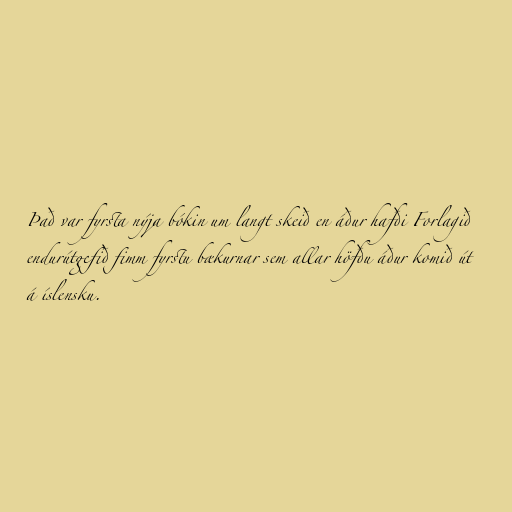
Það var fyrsta nýja bókin um langt skeið en áður hafði Forlagið
endurútgefið fimm fyrstu bækurnar sem allar höfðu áður komið út
á íslensku.